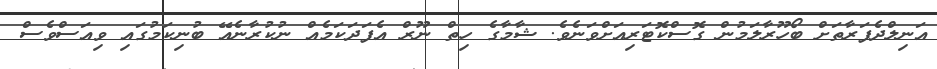
އަނިލްދެފަރާތަށް ބޯހޫރާލަމުން ގޮސްކޮޓަރިއަށްވަނެވެ. ޝާމާގެ ހިތް ނޫރް އެފަދަކަމެއް ނުކުރާނެއޭ ބުނިކަމުގައި ވިއަސްވެސް